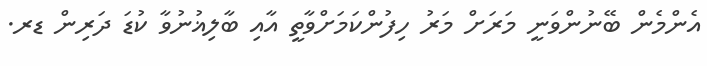
އެންމެން ބޭނުންވަނީ މަރަށް މަރު ހިފުންކަމަށްވާތީ އާއި ބާލިޣުނުވާ ކުޑަ ދަރިން ޑރ.